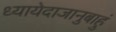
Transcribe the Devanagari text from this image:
ध्यायेदाजानुबाहुं